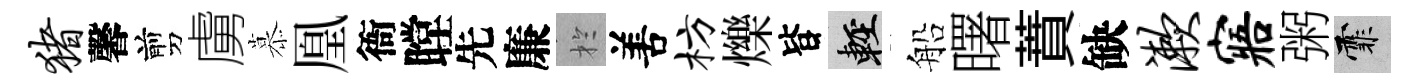
猪馨剪虜慕凰衙瞠先廉扵𠵊枋爍𣅜輕船曙蕡缺漱寤粥霏